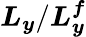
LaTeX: \boldsymbol{L_{y}/L_{y}^{f}}